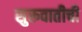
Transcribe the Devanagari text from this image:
सुरूवातीची